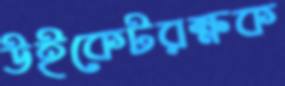
উইকেটরক্ষক